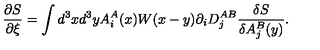
\frac { \partial S } { \partial \xi } = \int d ^ { 3 } x d ^ { 3 } y A _ { i } ^ { A } ( x ) W ( x - y ) \partial _ { i } D _ { j } ^ { A B } \frac { \delta S } { \delta A _ { j } ^ { B } ( y ) } .